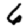
Digit: 6